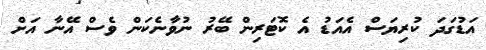
އަޑުގަދަ ކުރިޔަސް އެއަޑު އެ ކޮޓަރިން ބޭރު ނުވާނެކަން ވެސް އޭނާ އަށް